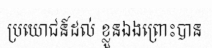
ប្រយោជន៍ដល់ ខ្លួនឯងព្រោះបាន